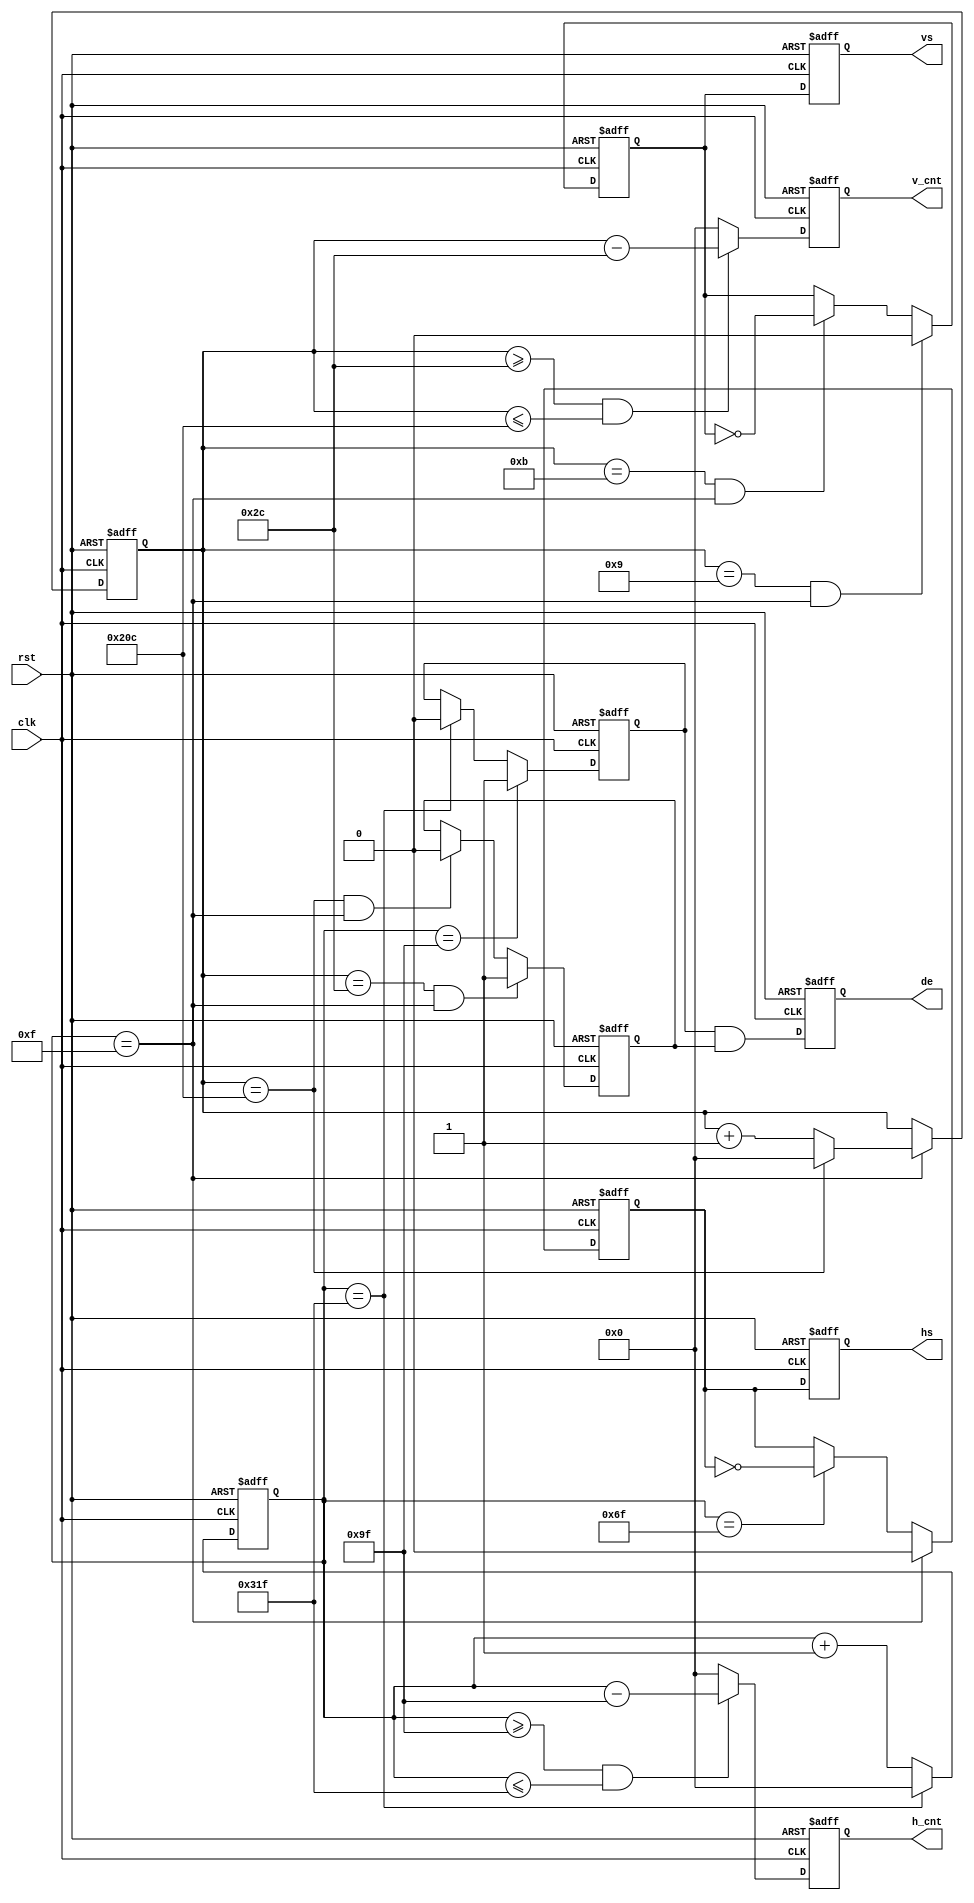
//////////////////////////////////////////////////////////////////////////////////
//   color bar generator module                                                 //
//                                                                              //
//          msq@qq.com                                                          //
//          ALINX(shanghai) Technology Co.,Ltd                                  //
//          heijin                                                              //
//     WEB: http://www.alinx.cn/                                                //
//     BBS: http://www.heijin.org/                                              //
//                                                                              //
//////////////////////////////////////////////////////////////////////////////////
//                                                                              //
// Copyright (c) 2017,ALINX(shanghai) Technology Co.,Ltd                        //
//                    All rights reserved                                       //
//                                                                              //
// This source file may be used and distributed without restriction provided    //
// that this copyright statement is not removed from the file and that any      //
// derivative work contains the original copyright notice and the associated    //
// disclaimer.                                                                  //
//                                                                              //
//////////////////////////////////////////////////////////////////////////////////

//================================================================================
//  Revision History:
//  Date          By            Revision    Change Description
//--------------------------------------------------------------------------------
//2013/4/16                    1.0          Original
//2013/4/18                    1.1          vs timing
//2013/5/7                     1.2          remove some warning
//2017/7/17                    1.3      
//*******************************************************************************/

module color_bar(
	input                 clk,           //pixel clock
	input                 rst,           //reset signal high active
	output                hs,            //horizontal synchronization
	output                vs,            //vertical synchronization
	output                de,            //video valid
output reg [11:0] v_cnt,
output reg [11:0] h_cnt
);

//640x480 25.175Mhz

parameter H_ACTIVE = 16'd640; 
parameter H_FP = 16'd16;      
parameter H_SYNC = 16'd96;    
parameter H_BP = 16'd48;      
parameter V_ACTIVE = 16'd480; 
parameter V_FP  = 16'd10;    
parameter V_SYNC  = 16'd2;    
parameter V_BP  = 16'd33;    
parameter HS_POL = 1'b0;
parameter VS_POL = 1'b0;



parameter H_TOTAL = H_ACTIVE + H_FP + H_SYNC + H_BP;//horizontal total time (pixels)
parameter V_TOTAL = V_ACTIVE + V_FP + V_SYNC + V_BP;//vertical total time (lines)
//define the RGB values for 8 colors

reg hs_reg;                      //horizontal sync register
reg vs_reg;                      //vertical sync register
reg hs_reg_d0;                   //delay 1 clock of 'hs_reg'
reg vs_reg_d0;                   //delay 1 clock of 'vs_reg'
reg[11:0] h_cnt0;                 //horizontal counter
reg[11:0] v_cnt0;                 //vertical counter
reg[11:0] active_x;              //video x position 
reg[11:0] active_y;              //video y position 
reg[7:0] rgb_r_reg;              //video red data register
reg[7:0] rgb_g_reg;              //video green data register
reg[7:0] rgb_b_reg;              //video blue data register
reg h_active;                    //horizontal video active
reg v_active;                    //vertical video active
wire video_active;               //video active(horizontal active and vertical active)
reg video_active_d0;             //delay 1 clock of video_active
assign hs = hs_reg_d0;
assign vs = vs_reg_d0;
assign video_active = h_active & v_active;
assign de = video_active_d0;
assign rgb_r = rgb_r_reg;
assign rgb_g = rgb_g_reg;
assign rgb_b = rgb_b_reg;
always@(posedge clk or posedge rst)
begin
	if(rst == 1'b1)
		begin
			hs_reg_d0 <= 1'b0;
			vs_reg_d0 <= 1'b0;
			video_active_d0 <= 1'b0;
		end
	else
		begin
			hs_reg_d0 <= hs_reg;
			vs_reg_d0 <= vs_reg;
			video_active_d0 <= video_active;
		end
end

always@(posedge clk or posedge rst)
begin
	if(rst == 1'b1)
		h_cnt0 <= 12'd0;
	else if(h_cnt0 == H_TOTAL - 1)//horizontal counter maximum value
		h_cnt0 <= 12'd0;
	else
		h_cnt0 <= h_cnt0 + 12'd1;
end

always@(posedge clk or posedge rst)
begin
	if(rst == 1'b1)
		h_cnt <= 12'd0;
	else if((h_cnt0 >= H_FP + H_SYNC + H_BP - 1)&&(h_cnt0 <= H_TOTAL - 1))//horizontal video active
		h_cnt <= h_cnt0 - (H_FP[11:0] + H_SYNC[11:0] + H_BP[11:0] - 12'd1);
	else
		h_cnt <= 0;
end

always@(posedge clk or posedge rst)
begin
	if(rst == 1'b1)
		v_cnt0 <= 12'd0;
	else if(h_cnt0 == H_FP  - 1)//horizontal sync time
		if(v_cnt0 == V_TOTAL - 1)//vertical counter maximum value
			v_cnt0 <= 12'd0;
		else
			v_cnt0 <= v_cnt0 + 12'd1;
	else
		v_cnt0 <= v_cnt0;
end

always@(posedge clk or posedge rst)
begin
	if(rst == 1'b1)
		v_cnt <= 12'd0;
	else if((v_cnt0 >= V_FP + V_SYNC + V_BP - 1)&&(v_cnt0 <= V_TOTAL - 1))//horizontal video active
		v_cnt <= v_cnt0 - (V_FP[11:0] + V_SYNC[11:0] + V_BP[11:0] - 12'd1);
	else
		v_cnt <= 0;
end

always@(posedge clk or posedge rst)
begin
	if(rst == 1'b1)
		hs_reg <= 1'b0;
	else if(h_cnt0 == H_FP - 1)//horizontal sync begin
		hs_reg <= HS_POL;
	else if(h_cnt0 == H_FP + H_SYNC - 1)//horizontal sync end
		hs_reg <= ~hs_reg;
	else
		hs_reg <= hs_reg;
end

always@(posedge clk or posedge rst)
begin
	if(rst == 1'b1)
		h_active <= 1'b0;
	else if(h_cnt0 == H_FP + H_SYNC + H_BP - 1)//horizontal active begin
		h_active <= 1'b1;
	else if(h_cnt0 == H_TOTAL - 1)//horizontal active end
		h_active <= 1'b0;
	else
		h_active <= h_active;
end
 

always@(posedge clk or posedge rst)
begin
	if(rst == 1'b1)
		vs_reg <= 1'd0;
	else if((v_cnt0 == V_FP - 1) && (h_cnt0 == H_FP - 1))//vertical sync begin
		vs_reg <= HS_POL;
	else if((v_cnt0 == V_FP + V_SYNC - 1) && (h_cnt0 == H_FP - 1))//vertical sync end
		vs_reg <= ~vs_reg;  
	else
		vs_reg <= vs_reg;
end

always@(posedge clk or posedge rst)
begin
	if(rst == 1'b1)
		v_active <= 1'd0;
	else if((v_cnt0 == V_FP + V_SYNC + V_BP - 1) && (h_cnt0 == H_FP - 1))//vertical active begin
		v_active <= 1'b1;
	else if((v_cnt0 == V_TOTAL - 1) && (h_cnt0 == H_FP - 1)) //vertical active end
		v_active <= 1'b0;   
	else
		v_active <= v_active;
end

endmodule